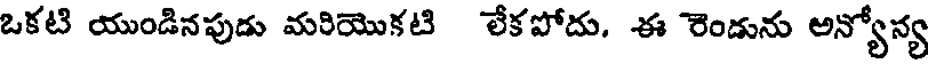
ఒకటి యుండినపుడు మరియొకటి లేకపోదు. ఈ రెండును అన్యోన్య